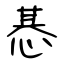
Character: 惎